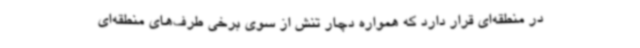
در منطقه‌ای قرار دارد که همواره دچار تنش از سوی برخی طرف‌های منطقه‌ای